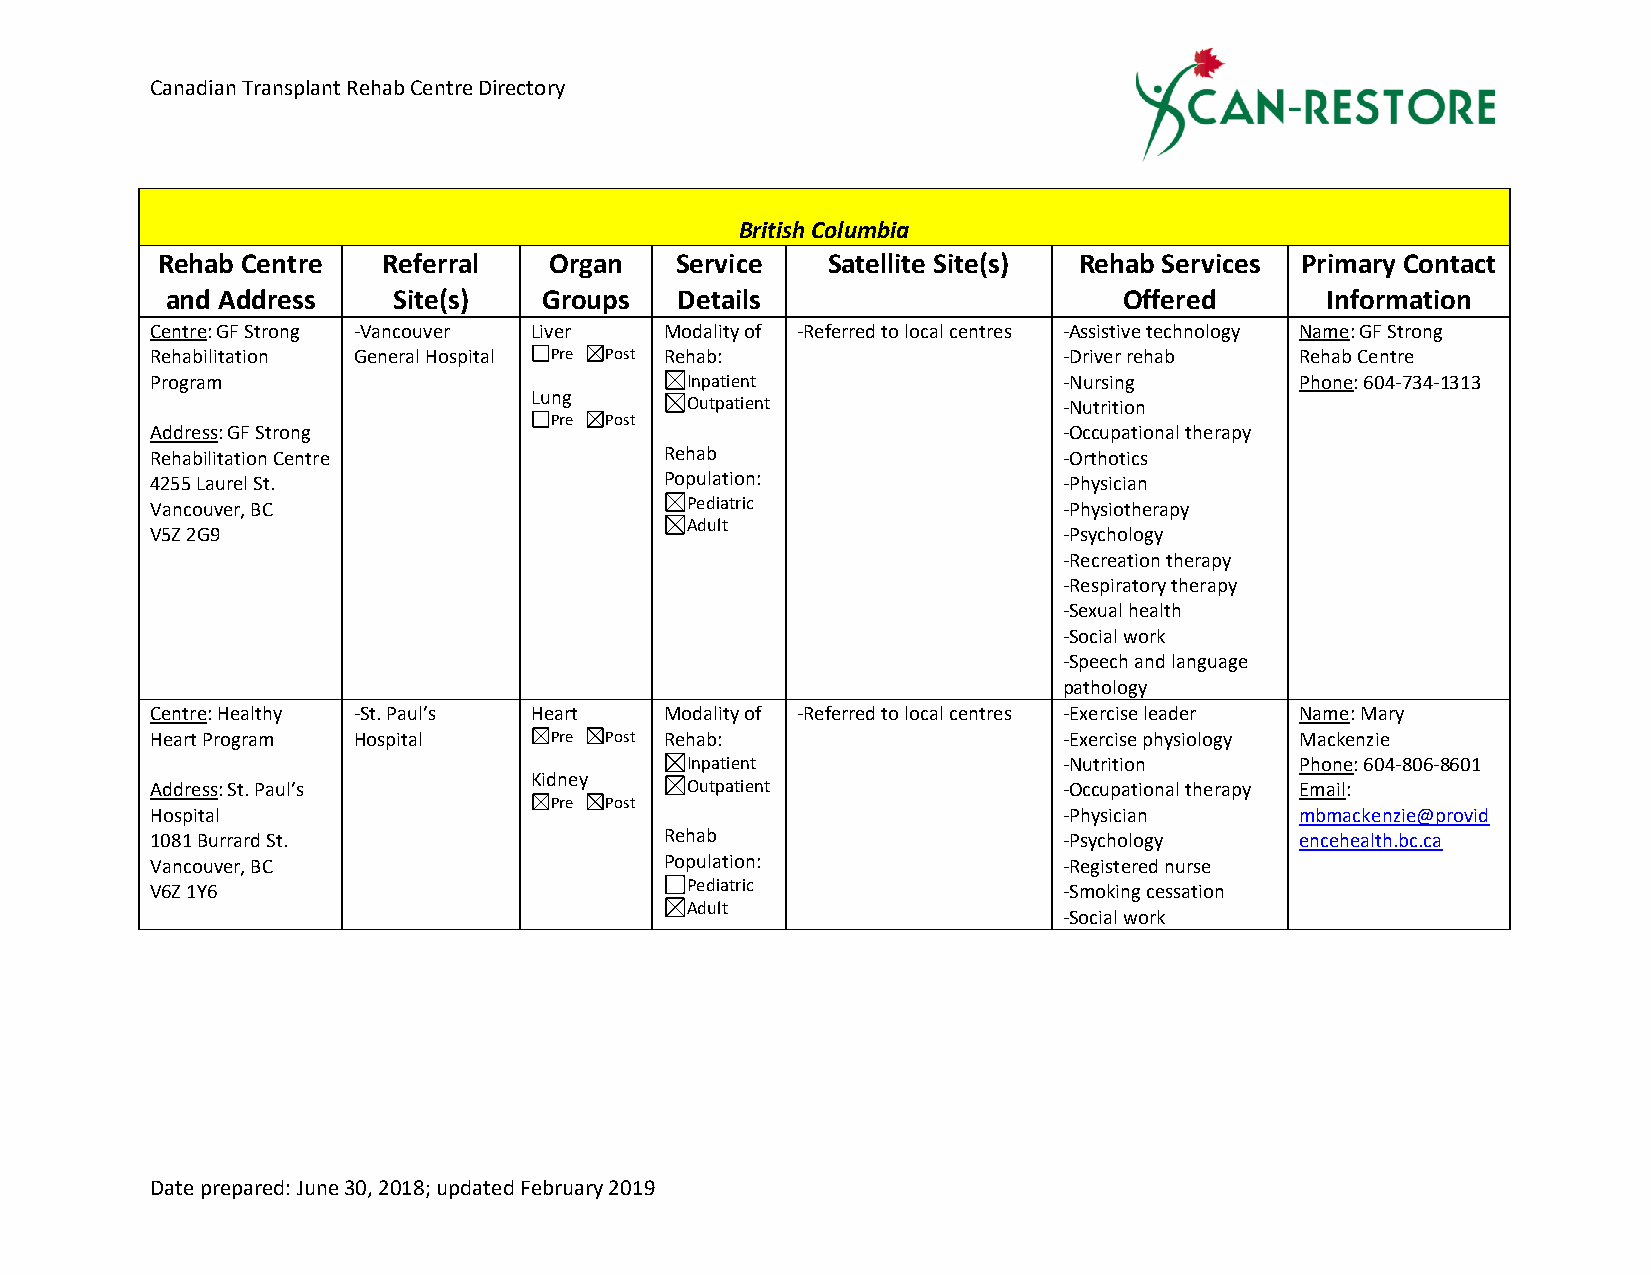
Canadian Transplant Rehab Centre Directory
 British Columbia
 Rehab Centre   Referral   Organ    Service   Satellite Site(s) Rehab Services Primary Contact
 and Address    Site(s)   Groups   Details                      Offered       Information
 Centre: GF Strong -Vancouver Liver Modality of -Referred to local centres -Assistive technology Name: GF Strong
 Rehabilitation General Hospital Pre Post Rehab:             -Driver rehab   Rehab Centre
 Program                            Inpatient                -Nursing        Phone: 604-734-1313
 Lung
 Outpatient               -Nutrition
 Pre Post
 Address: GF Strong                                          -Occupational therapy
 Rehabilitation Centre             Rehab                     -Orthotics
 4255 Laurel St.                   Population:               -Physician
 Vancouver, BC                      Pediatric                -Physiotherapy
 Adult
 V5Z 2G9                                                     -Psychology
 -Recreation therapy
 -Respiratory therapy
 -Sexual health
 -Social work
 -Speech and language
 pathology
 Centre: Healthy -St. Paul’s Heart Modality of -Referred to local centres -Exercise leader Name: Mary
 Heart Program Hospital    Pre Post Rehab:                   -Exercise physiology Mackenzie
 Inpatient                -Nutrition      Phone: 604-806-8601
 Kidney
 Address: St. Paul’s                Outpatient               -Occupational therapy Email:
 Hospital
 Pre Post
 -Physician      mbmackenzie@provid
 1081 Burrard St.                  Rehab                     -Psychology     encehealth.bc.ca
 Vancouver, BC                     Population:               -Registered nurse
 V6Z 1Y6                            Pediatric                -Smoking cessation
 Adult
 -Social work
 Date prepared: June 30, 2018; updated February 2019